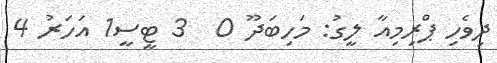
ދިވެހި ޕްރިމިއާ ލީގު: މަހިބަދޫ 0  3 ޓީސީ1 އަހަރު 4